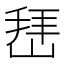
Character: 𰎬